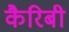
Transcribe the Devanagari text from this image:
कैरिबी